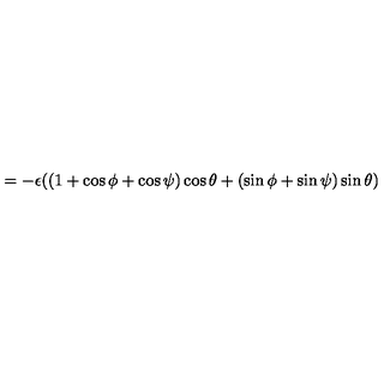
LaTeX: = - \epsilon ( ( 1 + \cos \phi + \cos \psi ) \cos \theta + ( \sin \phi + \sin \psi ) \sin \theta )